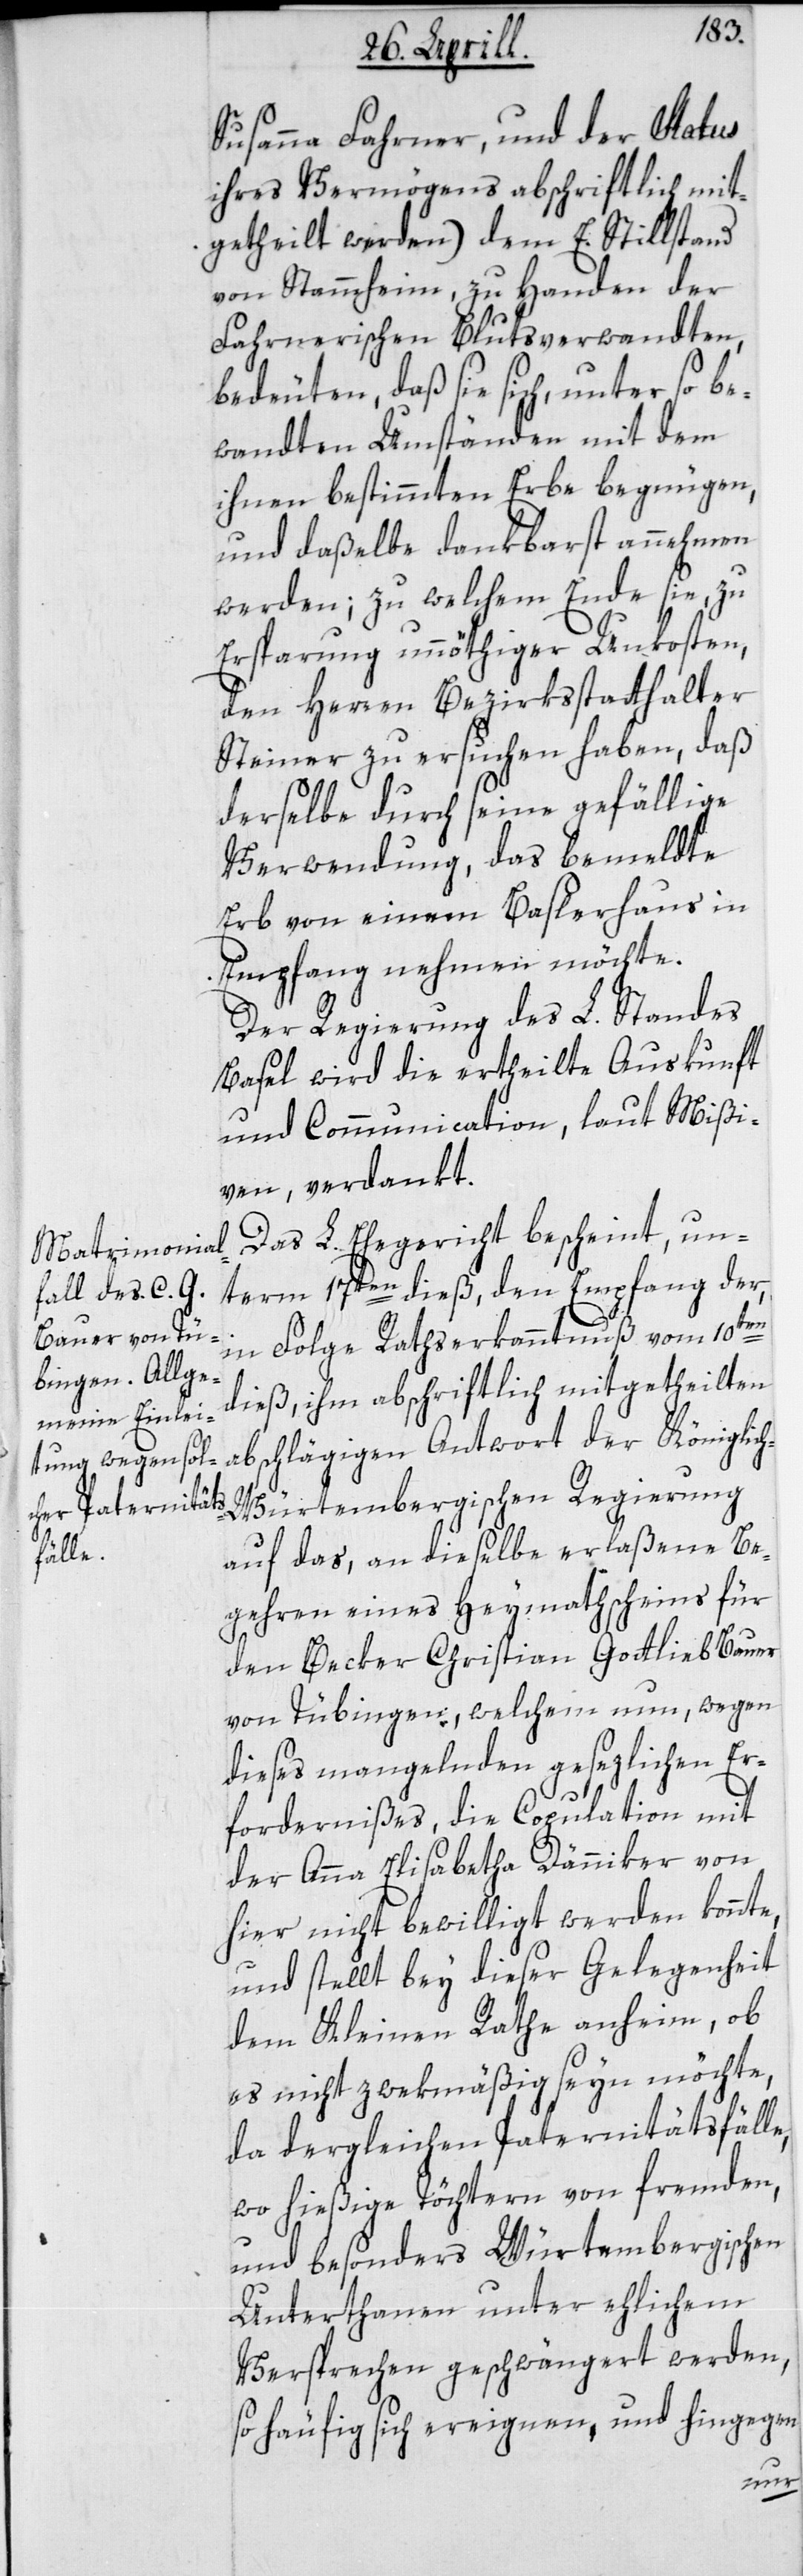
Susanna Fahrner, und der Status
ihres Vermögens abschriftlich mit¬
getheilt werden) dem E. Stillstand
von Stammheim zu Handen der
Fahrnerischen Blutsverwandten,
bedeuten, daß sie sich unter so be¬
wandten Umständen mit dem
ihnen bestimmten Erbe begnügen,
und daßelbe dankbarst annehmen
werden; zu welchem Ende sie, zu
Ersparung unnöthiger Unkosten,
den Herren Bezirksstatthalter
Steiner zu ersuchen haben, daß
derselbe durch seine gefällige
Verwendung das bemeldte
Erb von einem Baslerhaus in
Empfang nehmen möchte.
Der Regierung des L. Standes
Basel wird die ertheilte Auskunft
und Communication laut Mißi¬
ven verdankt.
Das L. Ehegericht bescheint, un¬
term 17ten dieß, den Empfang der
in Folge Rathserkanntnuß vom 10ten
dieß, ihm abschriftlich mitgetheilten
abschlägigen Antwort der Königlic¬
h-Würtembergischen Regierung
auf das, an dieselbe erlaßene Be¬
gehren eines Heymathscheins für
den Becker Christian Gottlieb Bauer
von Tübingen, welchem nun, wegen
dieses mangelnden gesezlichen Er¬
e,
fordernißes, die Copulation mit
der Anna Elisabetha Dänniker von
hier nicht bewilligt werden konnte,
und stellt bey dieser Gelegenheit
dem Kleinen Rathe anheim, ob
es nicht zwekmäßig seyn möchte,
da dergleichen Paternitätsfäll¬
wo hießige Töchtern von fremden
und besonders Würtembergischen
Unterthanen unter ehlichem
Versprechen geschwängert werden,
so häufig sich ereignen, und hingegen